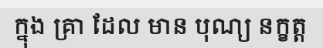
ក្នុង គ្រា ដែល មាន បុណ្យ នក្ខត្ត